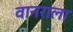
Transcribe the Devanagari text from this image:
वानराला